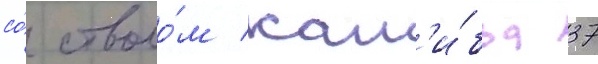
со́ стволо́м кал'и́бра 37